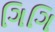
ગિગિ